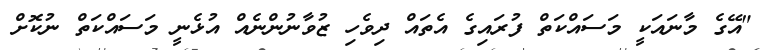
"އޭގެ މާނައަކީ މަސައްކަތް ފުރައިގެ އެތައް ދިވެހި ޒުވާނުންނެއް އުޅެނީ މަސައްކަތް ނުކޮށް